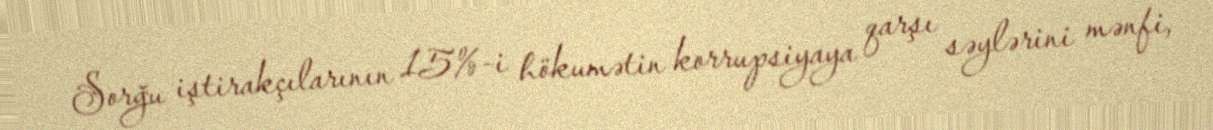
Sorğu iştirakçılarının 15%-i hökumətin korrupsiyaya qarşı səylərini mənfi,